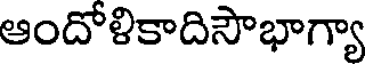
ఆందోళికాదిసౌభాగ్యా